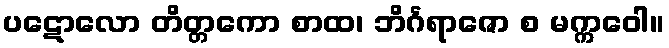
ပဋောလော တိတ္တကော စာထ၊ ဘိင်္ဂရာဇော စ မက္ကဝေါ။